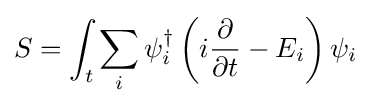
S=\int _{t}\sum _{i}\psi _{i}^{\dagger }\left(i{\partial  \over \partial t}-E_{i}\right)\psi _{i}